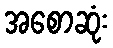
အစောဆုံး